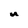
Character: u